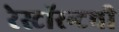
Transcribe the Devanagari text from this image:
रेस्टॉरन्टची